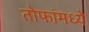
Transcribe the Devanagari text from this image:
तोफांमध्ये